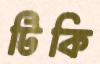
টিকি